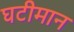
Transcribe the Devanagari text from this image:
घटीमान